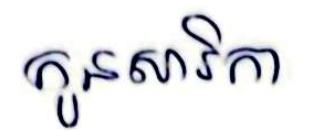
កូនសារិកា